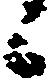
候